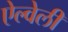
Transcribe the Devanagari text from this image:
ऐल्वेली